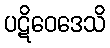
ပဋိဝေဒေသိ